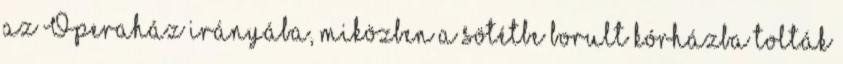
az Operaház irányába, miközben a sötétbe borult kórházba tolták